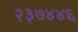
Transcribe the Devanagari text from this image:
२३७४४६